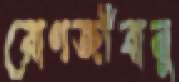
রোগজীবানু